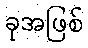
ခုအဖြစ်